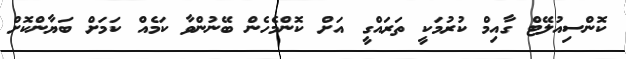
ކޮންސިއުލޭޓް ގާއިމް ކުރުމަކީ ތަރައްގީ އަށް ކޮންމެހެން ބޭނުންވާ ކަމެއް ކަމަށް ބަޔާންކޮށް